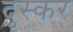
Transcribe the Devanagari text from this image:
दुस्कर